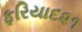
ફરિયાદ૨૧